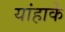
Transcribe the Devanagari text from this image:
यांहाके